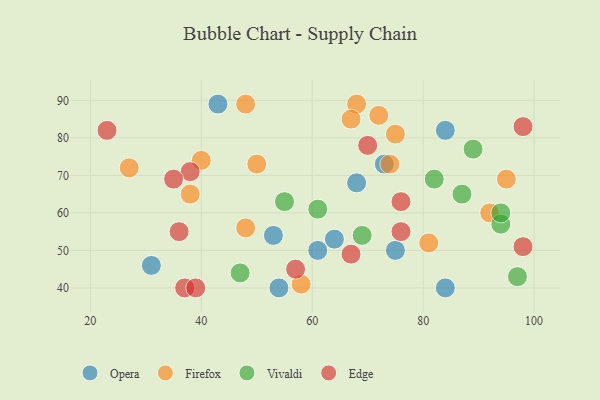
{"axis": {"x": "GDP", "y": "Life Expectancy"}, "legend": ["Edge", "Firefox", "Opera", "Vivaldi"], "data": [{"x": "31", "y": 46, "type": "Opera"}, {"x": "84", "y": 40, "type": "Opera"}, {"x": "53", "y": 54, "type": "Opera"}, {"x": "54", "y": 40, "type": "Opera"}, {"x": "64", "y": 53, "type": "Opera"}, {"x": "61", "y": 50, "type": "Opera"}, {"x": "84", "y": 82, "type": "Opera"}, {"x": "68", "y": 68, "type": "Opera"}, {"x": "43", "y": 89, "type": "Opera"}, {"x": "73", "y": 73, "type": "Opera"}, {"x": "75", "y": 50, "type": "Opera"}, {"x": "81", "y": 52, "type": "Firefox"}, {"x": "75", "y": 81, "type": "Firefox"}, {"x": "40", "y": 74, "type": "Firefox"}, {"x": "27", "y": 72, "type": "Firefox"}, {"x": "38", "y": 65, "type": "Firefox"}, {"x": "58", "y": 41, "type": "Firefox"}, {"x": "74", "y": 73, "type": "Firefox"}, {"x": "48", "y": 89, "type": "Firefox"}, {"x": "48", "y": 56, "type": "Firefox"}, {"x": "92", "y": 60, "type": "Firefox"}, {"x": "68", "y": 89, "type": "Firefox"}, {"x": "67", "y": 85, "type": "Firefox"}, {"x": "95", "y": 69, "type": "Firefox"}, {"x": "72", "y": 86, "type": "Firefox"}, {"x": "50", "y": 73, "type": "Firefox"}, {"x": "87", "y": 65, "type": "Vivaldi"}, {"x": "82", "y": 69, "type": "Vivaldi"}, {"x": "94", "y": 57, "type": "Vivaldi"}, {"x": "61", "y": 61, "type": "Vivaldi"}, {"x": "89", "y": 77, "type": "Vivaldi"}, {"x": "94", "y": 60, "type": "Vivaldi"}, {"x": "55", "y": 63, "type": "Vivaldi"}, {"x": "69", "y": 54, "type": "Vivaldi"}, {"x": "97", "y": 43, "type": "Vivaldi"}, {"x": "47", "y": 44, "type": "Vivaldi"}, {"x": "76", "y": 55, "type": "Edge"}, {"x": "98", "y": 51, "type": "Edge"}, {"x": "76", "y": 63, "type": "Edge"}, {"x": "36", "y": 55, "type": "Edge"}, {"x": "38", "y": 71, "type": "Edge"}, {"x": "37", "y": 40, "type": "Edge"}, {"x": "67", "y": 49, "type": "Edge"}, {"x": "98", "y": 83, "type": "Edge"}, {"x": "70", "y": 78, "type": "Edge"}, {"x": "57", "y": 45, "type": "Edge"}, {"x": "23", "y": 82, "type": "Edge"}, {"x": "35", "y": 69, "type": "Edge"}, {"x": "39", "y": 40, "type": "Edge"}]}